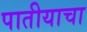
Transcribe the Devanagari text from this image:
पातीयाचा